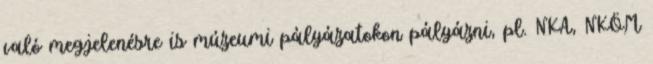
való megjelenésre is múzeumi pályázatokon pályázni, pl. NKA, NKÖM